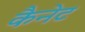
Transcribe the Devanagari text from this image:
कैनेट